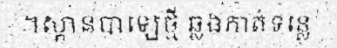
។ស្ពានបាឡេថ្មី ឆ្លងកាត់ទន្លេ